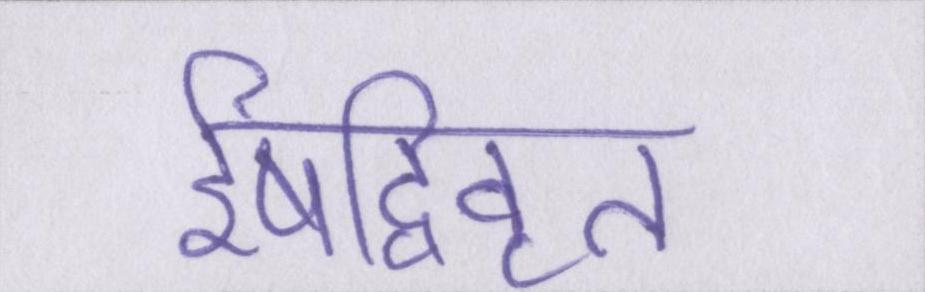
ईषद्विवृत